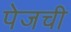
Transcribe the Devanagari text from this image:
पेजची